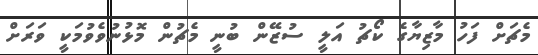
މެޗަށް ފަހު މާޒިޔާގެ ކޯޗު އަލީ ސުޒޭން ބުނީ މެޗުން މޮޅުނުވެވުމަކީ ވަރަށް